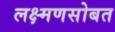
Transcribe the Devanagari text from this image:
लक्ष्मणसोबत